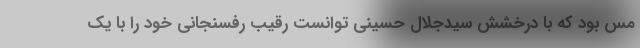
مس بود که با درخشش سیدجلال حسینی توانست رقیب رفسنجانی خود را با یک